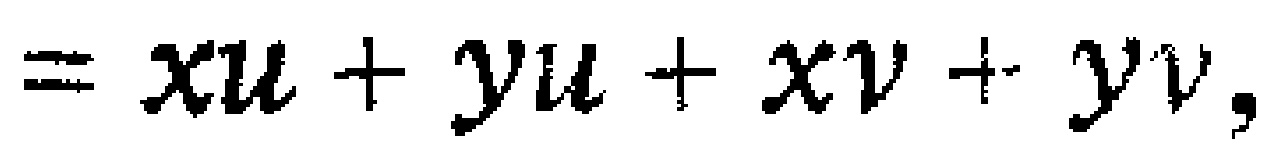
$= xu + yu + xv + yv,$